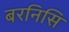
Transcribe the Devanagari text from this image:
बरनिसि